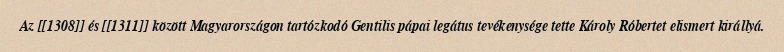
Az [[1308]] és [[1311]] között Magyarországon tartózkodó Gentilis pápai legátus tevékenysége tette Károly Róbertet elismert királlyá.